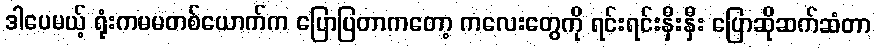
ဒါပေမယ့် ရုံးကမမတစ်ယောက်က ပြောပြတာကတော့ ကလေးတွေကို ရင်းရင်းနှီးနှီး ပြောဆိုဆက်ဆံတာ